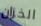
الخزان